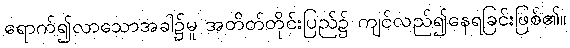
ရောက်၍လာသောအခါ၌မူ အတိတ်တိုင်းပြည်၌ ကျင်လည်၍နေရခြင်းဖြစ်၏။